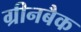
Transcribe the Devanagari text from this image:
ग्रीनबैक